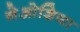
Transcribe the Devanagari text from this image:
नेओशिया